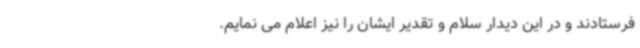
فرستادند و در این دیدار سلام و تقدیر ایشان را نیز اعلام می نمایم.